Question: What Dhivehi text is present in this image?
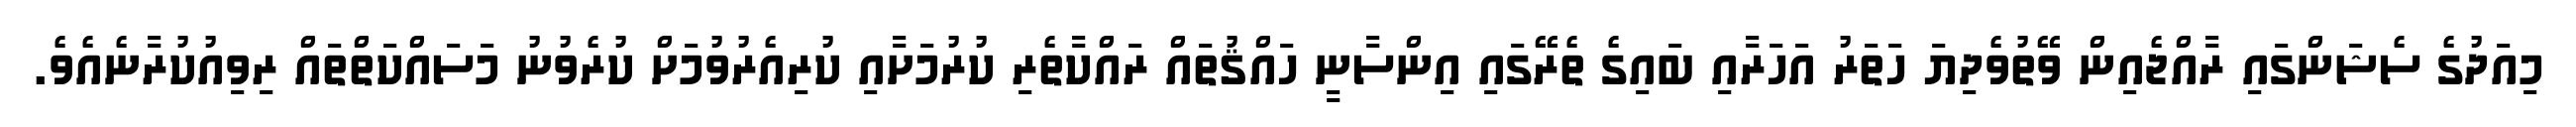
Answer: މިއަދުގެ ސެޝަންގައި ރާއްޖެއިން ވޭތުވެދިޔަ ހަތަރު އަހަރާއި ބައިގެ ތެރޭގައި އިންސާނީ ހައްޤުތައް ރައްކާތެރި ކުރުމަށާއި ކުރިއެރުވުމަށް ކުރެވުނު މަސައްކަތްތައް ރިވިއުކުރާނެއެވެ.